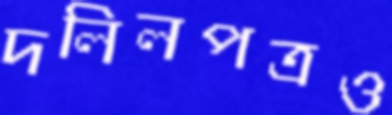
দলিলপত্রও